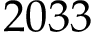
2 0 3 3